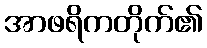
အာဖရိကတိုက်၏